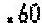
.60